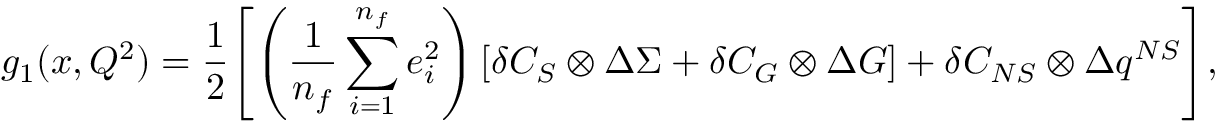
g _ { 1 } ( x , Q ^ { 2 } ) = \frac { 1 } { 2 } \Biggl [ \left( \frac { 1 } { n _ { f } } \sum _ { i = 1 } ^ { n _ { f } } e _ { i } ^ { 2 } \right) \left[ \delta C _ { S } \otimes \Delta \Sigma + \delta C _ { G } \otimes \Delta G \right] + \delta C _ { N S } \otimes \Delta q ^ { N S } \Biggr ] ,